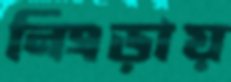
নিংড়ায়